38_143685_box7_Incident_Summaries_1-100
Agency: Department of War
Page 206
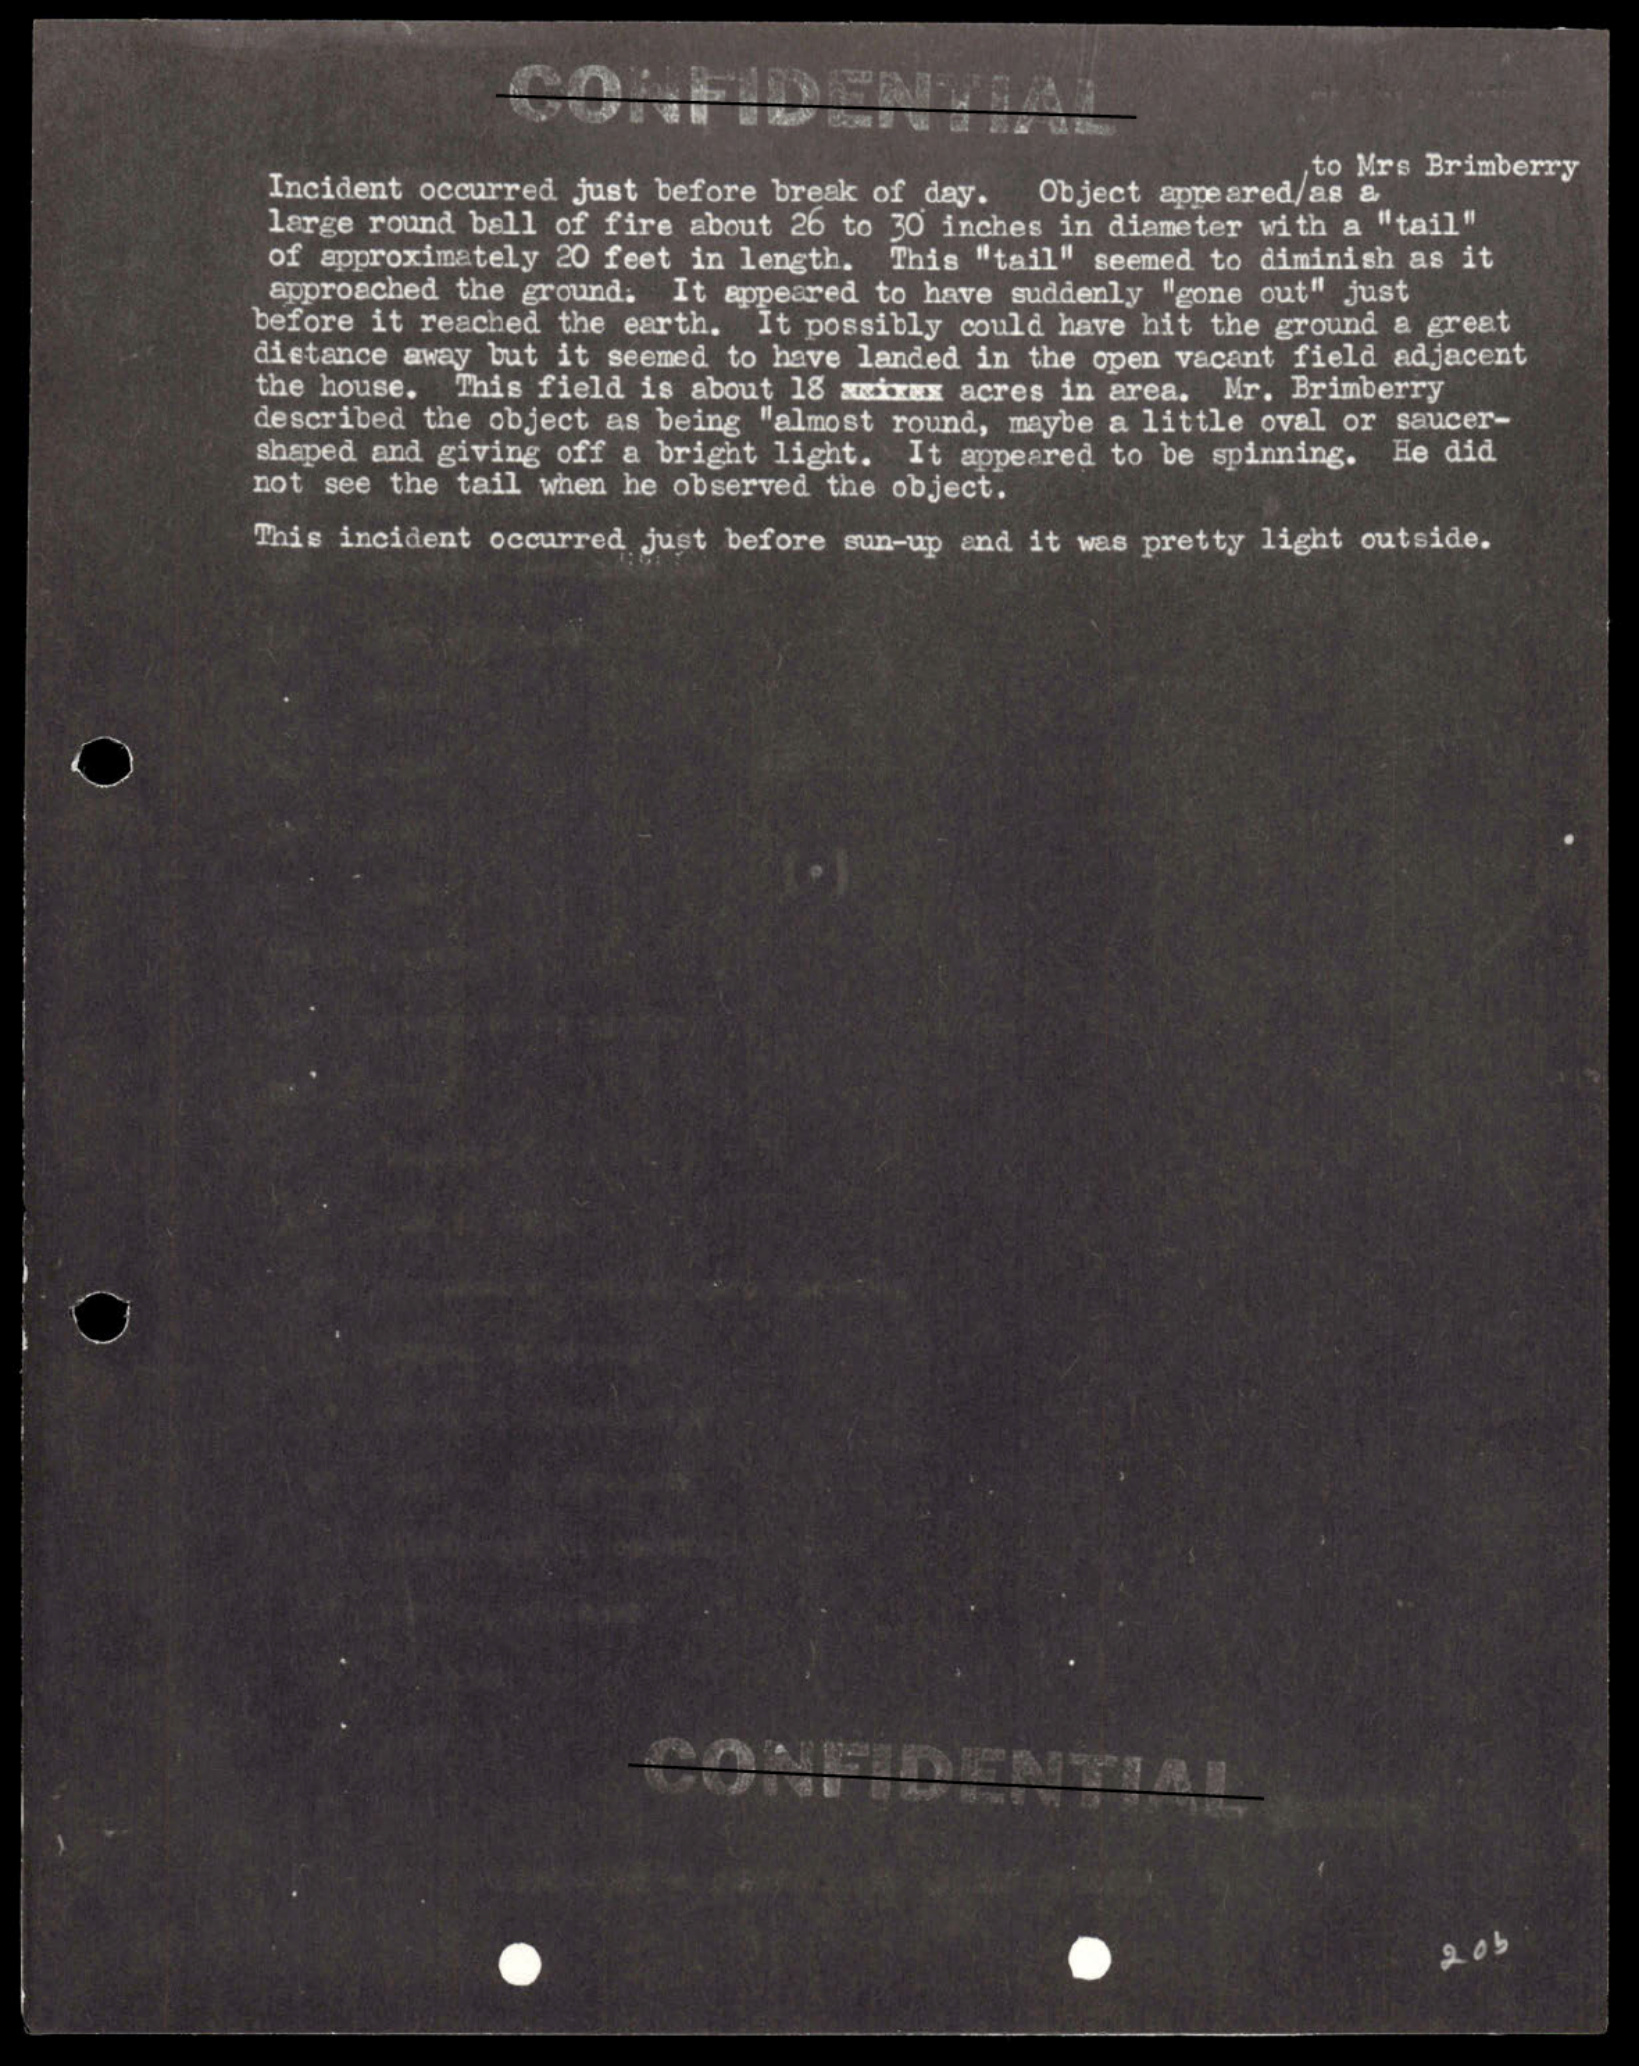